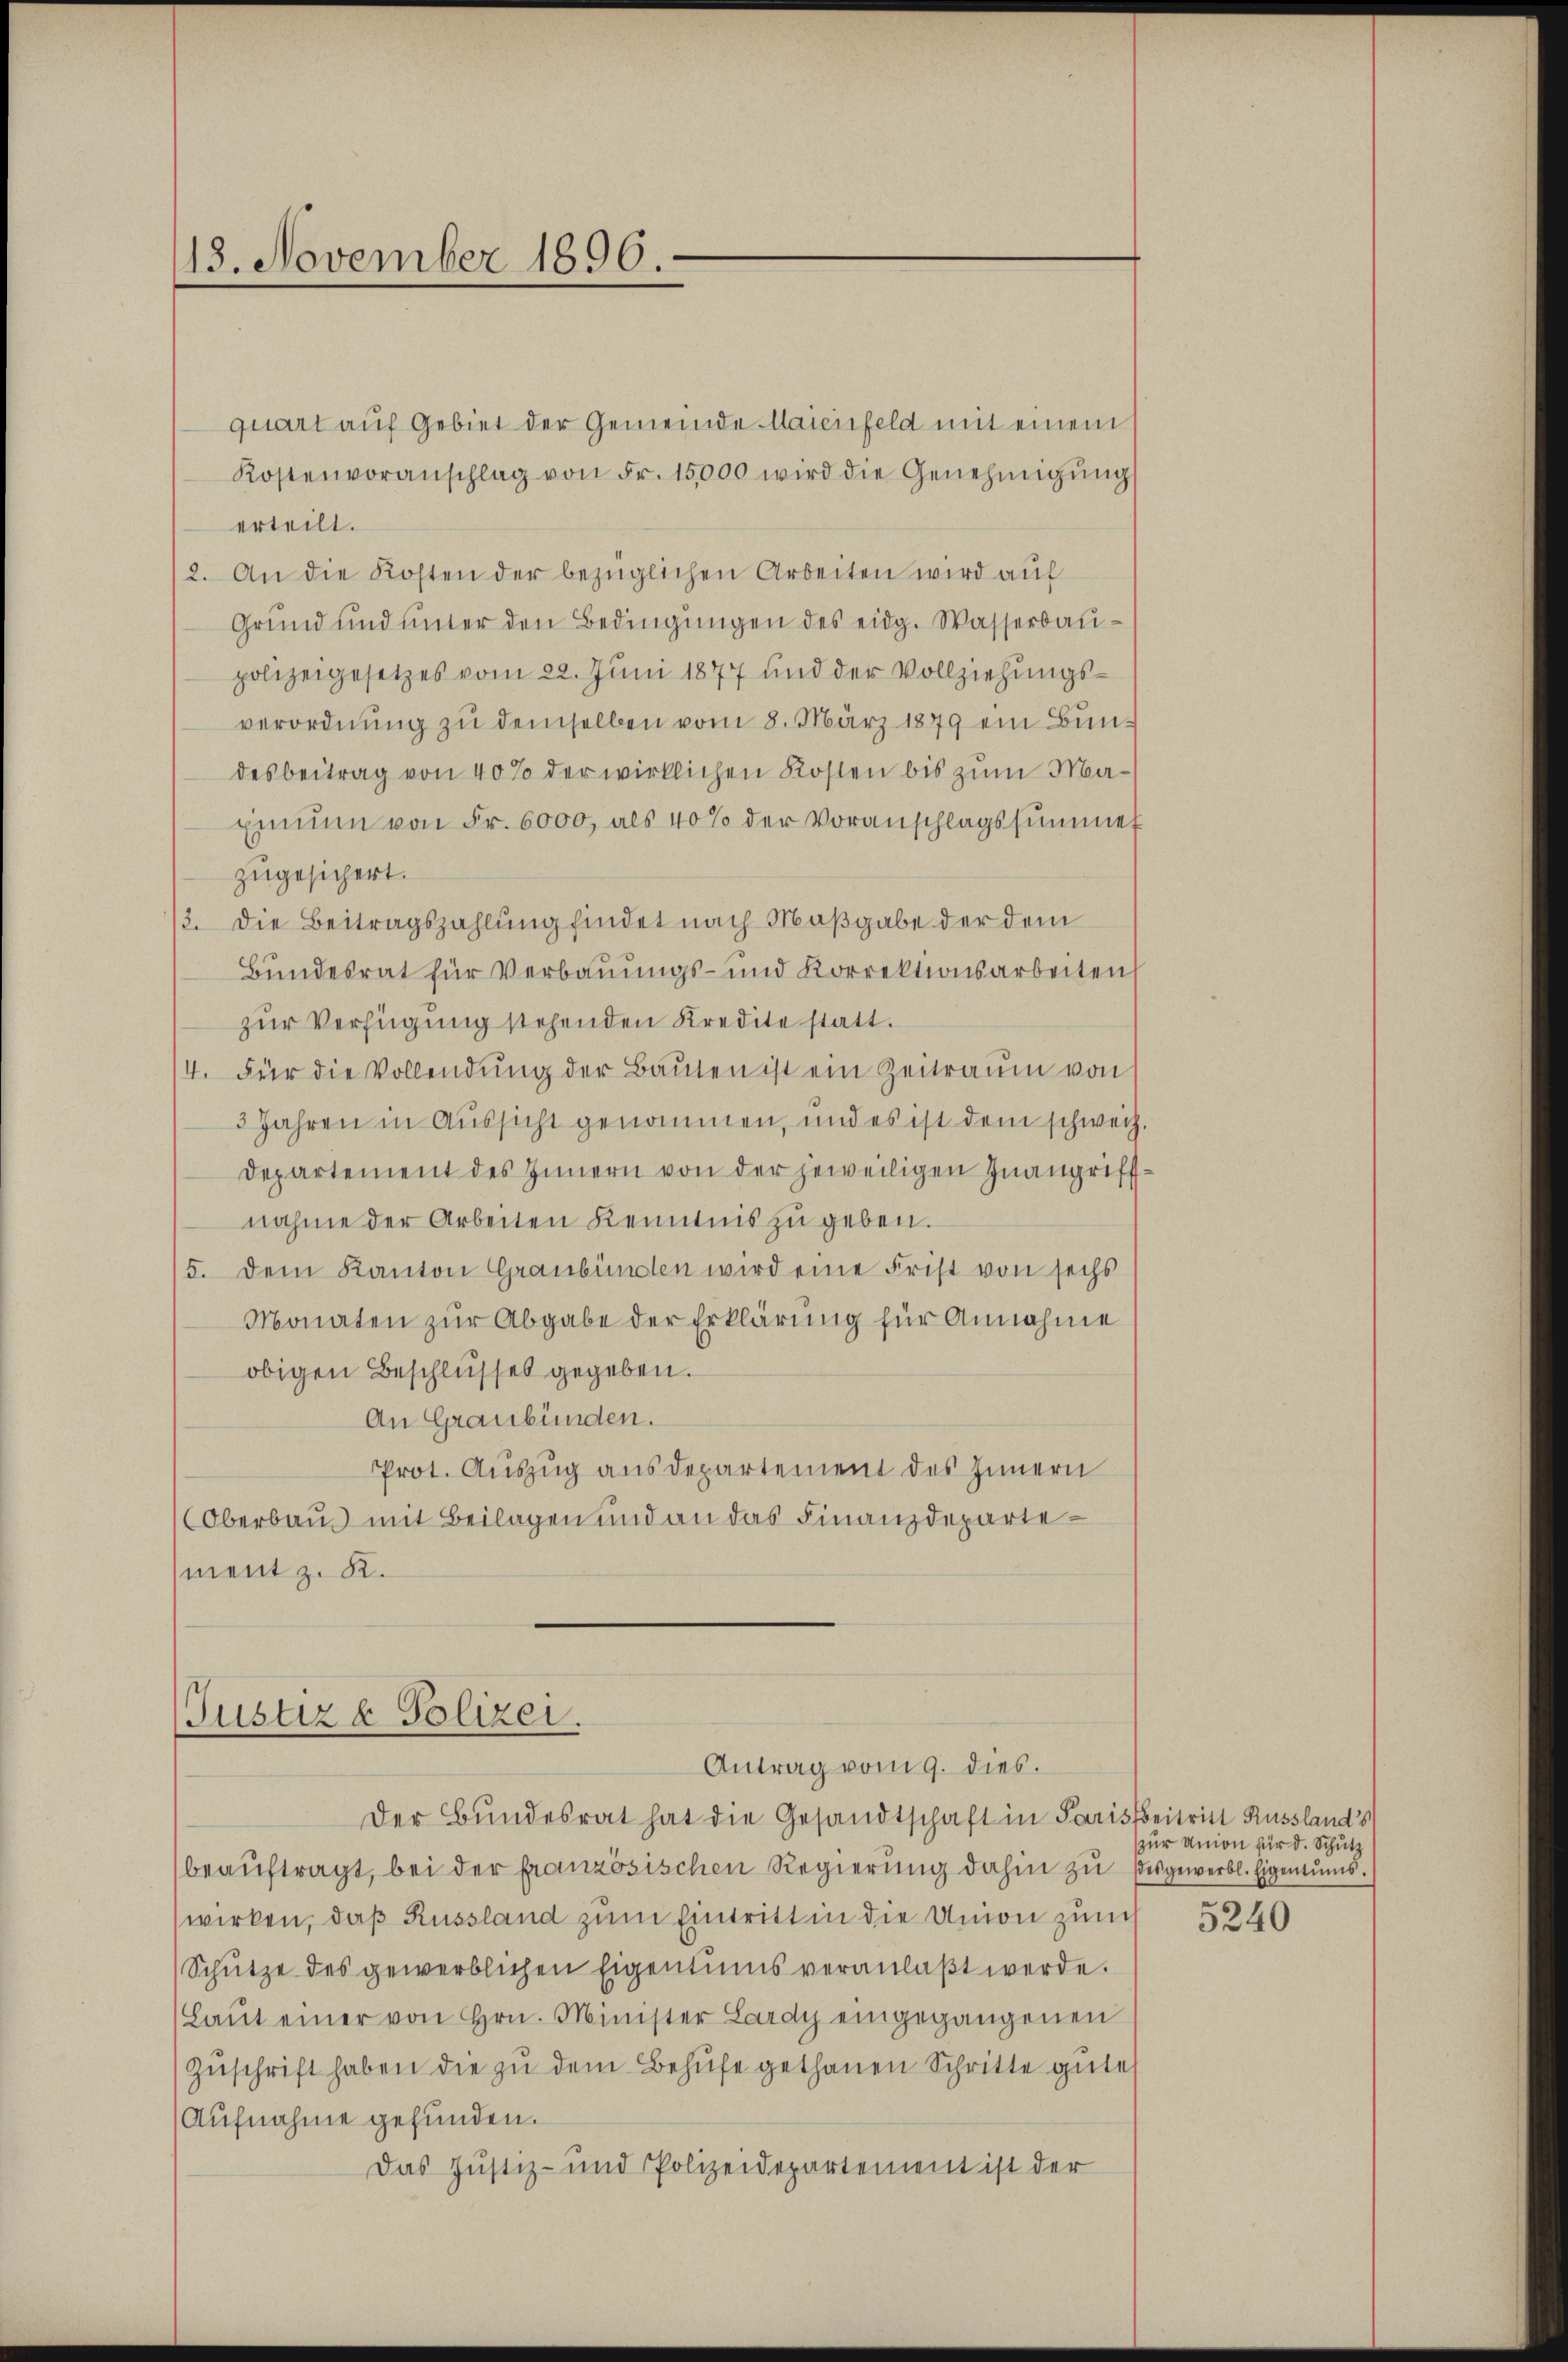
118. November 1896.

quart auf Gebiet der Gemeinde Maienfeld mit einem
Kostenvoranschlag von Fr. 15000 wird die Genehmigŭng
erteilt.
(2. An die Kosten der bezüglichen Arbeiten wird auf
Grund und ŭnter den Bedingŭngen des eidg. Wasserbaupolizeigesetzes vom 22. Juni 1877 und der Vollziehungsverordnung zu demselben vom 8. März 1879 ein Bundesbeitrag von 40% der wirklichen Kosten bis zum Maxinium von Fr. 6000, als 40% der Voranschlagssummer
zugesichert.
/3. Die Beitragszahlung findet nach Maßgabe der dem
Bundesrat für Verbauungs- und Korrektionsarbeiten
zur Verfügung stehenden Kredite statt.
14. Für die Vollendŭng der Baŭten ist ein Zeitraum von
3 Jahren in Aussicht genommen, und es ist dem schweiz.
departement des Innern von der jeweiligen Inangriff-
nahme der Arbeiten Kenntnis zu geben.
/5. dem Kanton Graubünden wird eine Frist von sechs
Monaten zŭr Abgabe der Erklärung für Annahme
obigen Beschlusses gegeben.
An Graubünden.
Prot. Auszug aus Departement des Innern
Oberbaus mit Beilagen und an das Finanzdepartement z. K.

Justiz & Polizei.
Antrag vom 9. dies.

Der Bundesrat hat die Gesandtschaft in Paris beitritt Russlands
beaŭftragt, bei der französischen Regierŭng dahin zŭ desgewerbl. Eigentums.
wirken, daß Russland zum Eintritt in die Union zum
Schütze des gewerblichen Eigentums veranlaβt werde.
(Laŭt einer von Hrn. Minister Lardy eingegangenen
Zŭschrift haben die zu dem Behufe gethanen Schritte gute
Aŭfnahme gefunden.
Das Justiz- und Polizeidepartement ist der

zur Union für d. Schutz

5240